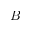
B